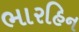
ભારહિન